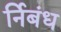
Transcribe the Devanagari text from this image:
र्निबंध